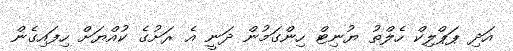
އަދި ޕަޕްލިކް ހެލްތު ޔުނިޓް ހިންގަމުން ދަނީ އެ ރަށުގެ ކުއްޔަށް ހިފައިގެން